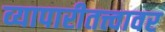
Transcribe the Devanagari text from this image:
व्यापारीतत्त्वावर